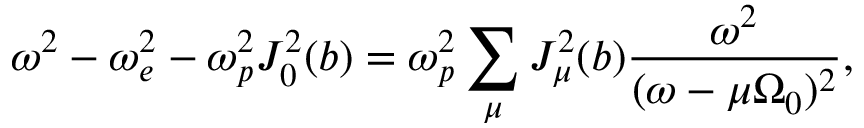
\omega ^ { 2 } - \omega _ { e } ^ { 2 } - \omega _ { p } ^ { 2 } J _ { 0 } ^ { 2 } ( b ) = \omega _ { p } ^ { 2 } \sum _ { \mu } J _ { \mu } ^ { 2 } ( b ) \frac { \omega ^ { 2 } } { ( \omega - \mu \Omega _ { 0 } ) ^ { 2 } } ,